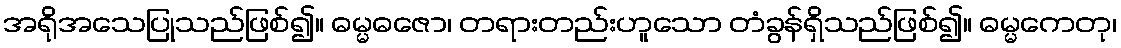
အရိုအသေပြုသည်ဖြစ်၍။ ဓမ္မဓဇော၊ တရားတည်းဟူသော တံခွန်ရှိသည်ဖြစ်၍။ ဓမ္မကေတု၊